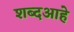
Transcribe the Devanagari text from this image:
शब्दआहे